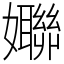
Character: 𱙱